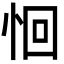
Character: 恛